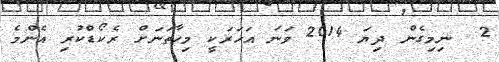
2  ނިމިގެން ދިޔަ 2014 ވަނަ އަހަރަކީ މިހާތަނަށް ރެކޯޑްކުރި އެންމެ